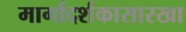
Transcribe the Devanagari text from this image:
मार्गादर्शकासारखा